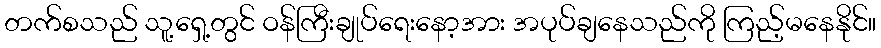
တက်စသည် သူ့ရှေ့တွင် ဝန်ကြီးချုပ်ရေးနော့အား အပုပ်ချနေသည်ကို ကြည့်မနေနိုင်။